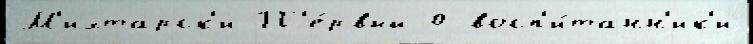
М'ихтарск'и П'е́рвый 0 восп'и́танн'ик'и